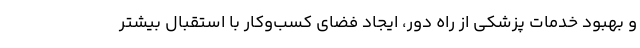
و بهبود خدمات پزشکی از راه دور، ایجاد فضای کسب‌وکار با استقبال بیشتر